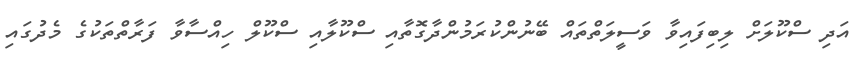
އަދި ސްކޫލަށް ލިބިފައިވާ ވަސީލަތްތައް ބޭނުންކުރަމުންދާގޮތާއި ސްކޫލާއި ސްކޫލް ހިއްސާވާ ފަރާތްތަކުގެ މެދުގައި